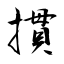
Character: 摜